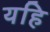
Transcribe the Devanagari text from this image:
यहि